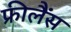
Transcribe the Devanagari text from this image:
फ्रीलैंस